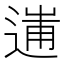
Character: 𨔲